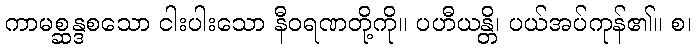
ကာမစ္ဆန္ဒစသော ငါးပါးသော နီဝရဏတို့ကို။ ပဟီယန္တိ၊ ပယ်အပ်ကုန်၏။ စ၊